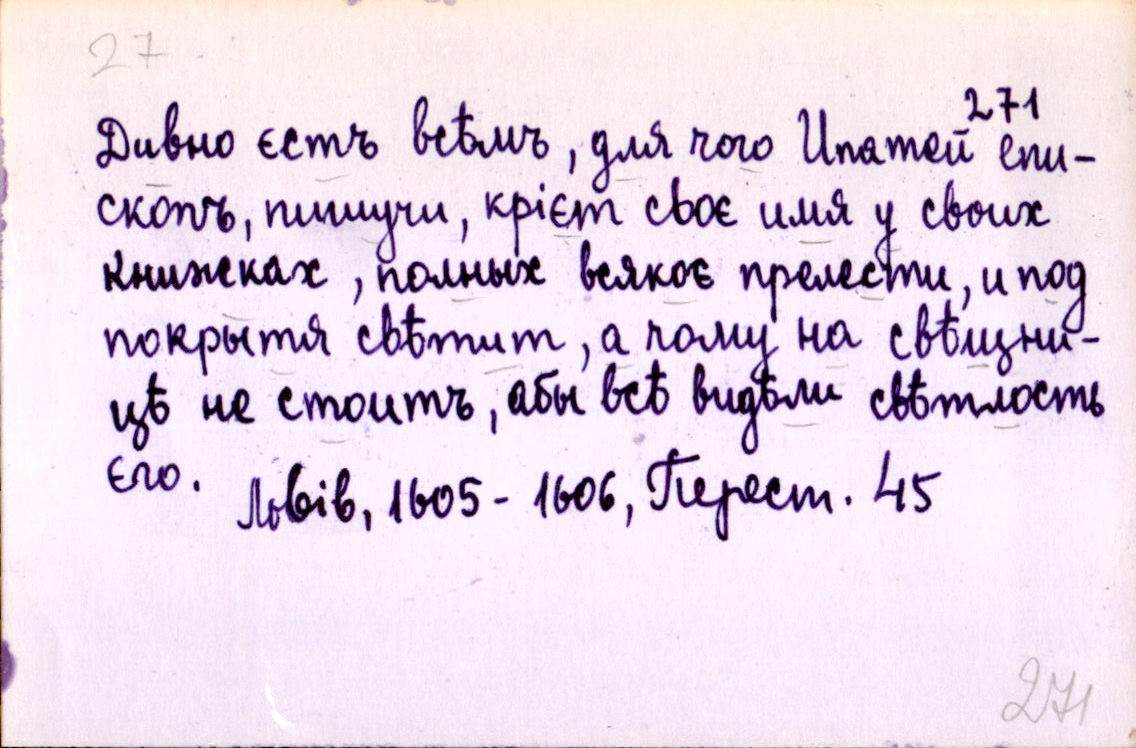
Дивно єстъ всѣмъ, для чого Ипатей епи-
скопъ, пишучи, крієт своє имя у своих
книжкахъ, полных всякоє прелести, и под
покрытя свѣтит, а чому на свѣщни-
цѣ не стоитъ, абы всѣ видѣли свѣтлость
єго.
Львів, 1605-1606, Перест. 45